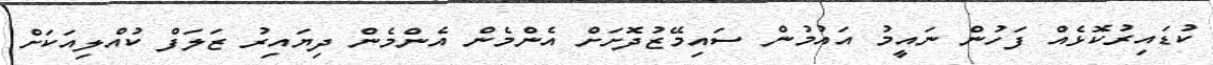
ކުޑައިރުކޮޅެއް ފަހުން ނައީމު އައުމުން ސައިމޭޒުދޮށަށް އެންމެން އެންމެން ދިޔައިރު ޒަލަފް ކުއްލިއަކަށް